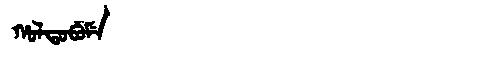
Manchu: ᡥᠣᠯᡨᠣᠪᡠᠮᡝ
Romanization: HOLTOBUME